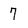
Character: 7